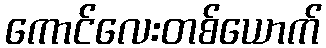
ကောင်လေးတစ်ယောက်